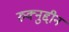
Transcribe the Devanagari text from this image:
रुक्नुद्दीन